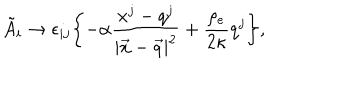
\tilde { A } _ { i } \rightarrow \epsilon _ { i j } \biggl \{ - \alpha \frac { x ^ { j } - q ^ { j } } { | \vec { x } - \vec { q } | ^ { 2 } } + \frac { \rho _ { e } } { 2 \kappa } q ^ { j } \biggr \} ,